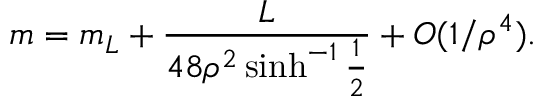
m = m _ { L } + { \frac { L } { 4 8 \rho ^ { 2 } \sinh ^ { - 1 } { \frac { 1 } { 2 } } } } + O ( 1 / \rho ^ { 4 } ) .